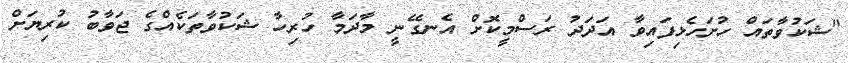
"ޝަކުވާތައް ހުށަހެޅިފައިވާ އަދަދު ރަސްމީކޮށް އެނގޭނީ މާދަމާ ހުރިހާ ޝަކުވާތަކެއްގެ ޖަވާބު ކުރިޔަށް